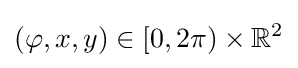
(\varphi ,x,y)\in [0,2\pi )\times \mathbb {R} ^{2}